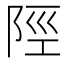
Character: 陘